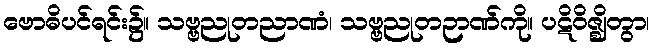
ဗောဓိပင်ရင်း၌။ သဗ္ဗညုတညာဏံ၊ သဗ္ဗညုတဉာဏ်ကို။ ပဋိဝိဇ္ဈိတွာ၊